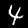
Label: 4